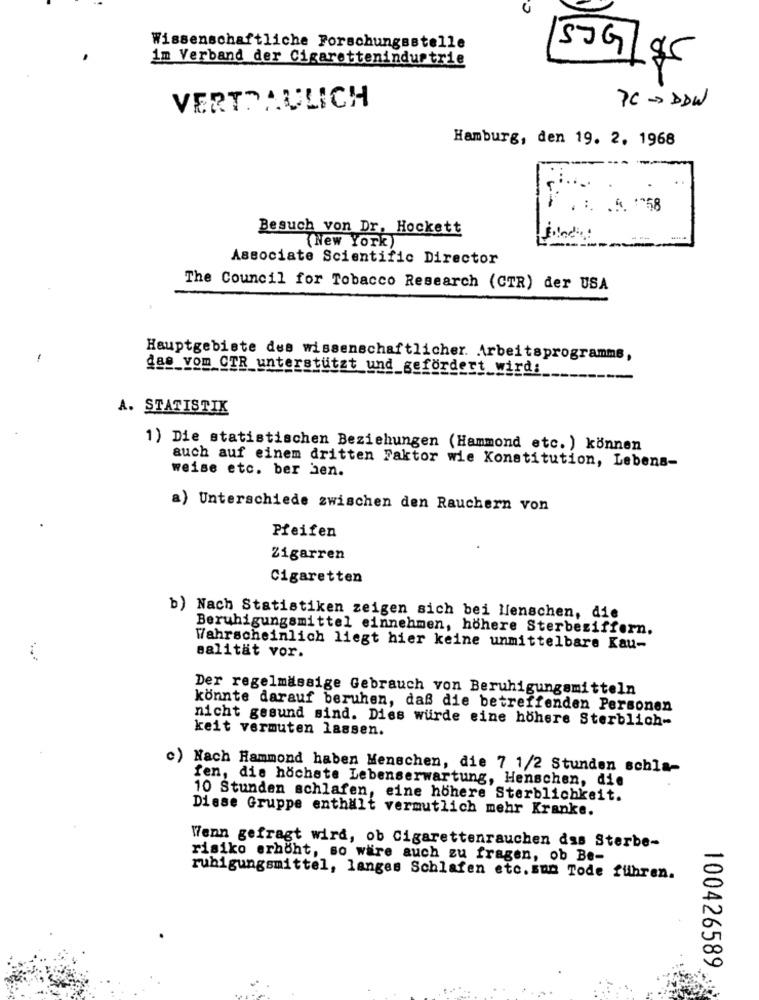
Wissenschaftliche Forschungsstelle
50G
1m Verband der Cigarettenindustrie
$5
PC - DDW
VERTRAULICH
Hamburg, den 19. 2. 1968
Besuch von Dr. Hockett
(New York)
Associate Scientific Director
The Council for Tobacco Research (CTR) der USA
Hauptgebiete des wissenschaftlicher. Arbeitsprogramme,
a@_vom CTR unterstützt und gefordert wird:
A. STATISTIK
1) Die statistischen Beziehungen (Hammond etc. ) können
auch auf einem dritten Faktor wie Konstitution, Lebens-
weise etc. ber hen.
a) Unterschiede zwischen den Rauchern von
Pfeifen
Zigarren
Cigaretten
b) Nach Statistiken zeigen sich bei Menschen, die
Beruhigungsmittel einnehmen, höhere Sterbeziffern.
Wahrscheinlich liegt hier keine unmittelbare Kau-
Balität vor.
Der regelmässige Gebrauch von Beruhigungsmitteln
könnte darauf beruhen, daß die betreffenden Personen
nicht gesund sind. Dies wurde eine höhere Sterblich-
keit vermuten lassen.
c) Nach Hammond haben Menschen, die 7 1/2 Stunden schla-
fen, die höchste Lebenserwartung, Henschen, die
10 Stunden schlafen, eine höhere Sterblichkeit.
Diese Gruppe enthält vermutlich mehr Kranke.
Wenn gefragt wird, ob Cigarettenrauchen das Sterbe-
risiko erhöht, so wäre auch zu fragen, ob Be-
ruhigungsmittel, langes Schlafen etc.sun Tode führen.
100426589